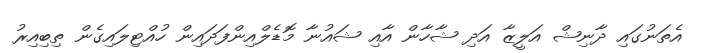
އެތަނުގައި ދާނިޝް އަލީޒާ އަދި ޝާހާން އާއި ޝައުނާ މޮޑެލްއިންފަދައިން ހުއްޓިލައިގެން ތިބިއިރު